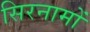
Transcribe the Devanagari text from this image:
सिरनामों